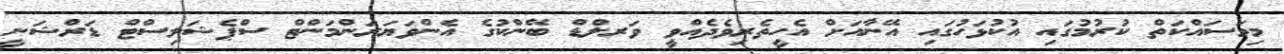
މިމަސައްކަތް ކުރުމުގައި އުކުޅަހުގައި އޭނާއަށް އެހީތެރިވެދެއްވީ ވަރލްޑް ބޭންކުގެ އެންވަޔަރަންމަންޓް ސްޕެޝަލިސްޓް ޑަރްޝަނީ